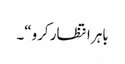
باہر انتظار کرو“۔